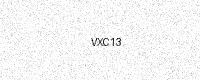
Text: VXC13